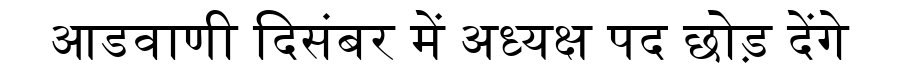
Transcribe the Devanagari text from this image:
आडवाणी दिसंबर में अध्यक्ष पद छोड़ देंगे